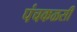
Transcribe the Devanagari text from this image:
पंचकळसी